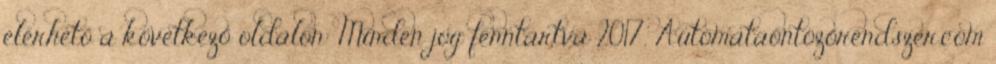
elérhető a következő oldalon: Minden jog fenntartva 2017, Automataöntözőrendszer.com